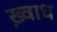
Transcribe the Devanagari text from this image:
ख़्वाध